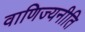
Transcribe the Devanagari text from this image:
वाणिज्यनीति